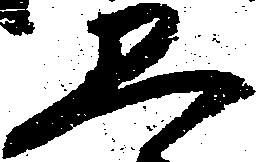
五